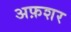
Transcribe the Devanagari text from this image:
अफ़शर